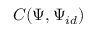
\; C ( \Psi , \Psi _ { i d } )